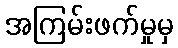
အကြမ်းဖက်မှုမှ